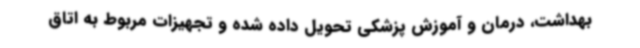
بهداشت، درمان و آموزش پزشکی تحویل داده شده و تجهیزات مربوط به اتاق